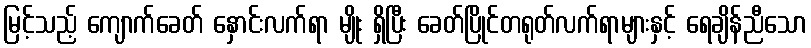
မြင့်သည့် ကျောက်ခေတ် နှောင်းလက်ရာ မျိုး ရှိပြီး ခေတ်ပြိုင်တရုတ်လက်ရာများနှင့် ရေချိန်ညီသော